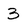
Character: 3